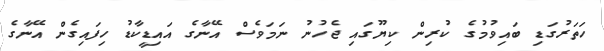
ހަތަރުގަޑި ބައިވުމުގެ ކުރިން ކިޔޫގައި ޖެހުނު ނަމަވެސް އޭނާގެ އައިޑީކާޑު ހިފައިގެން އޭނާގެ